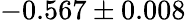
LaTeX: -0.567\pm 0.008